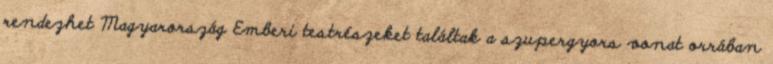
rendezhet Magyarország Emberi testrészeket találtak a szupergyors vonat orrában